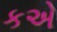
કએ